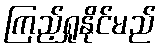
ကြည့်ရှုနိုင်မည်